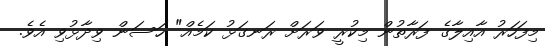
މިފަހަރު އާއިލާގެ ފަރާތުން މިކުރީ ވަރަށް ރަނގަޅު ކަމެއް" ހަސަން ވިދާޅުވި އެވެ.